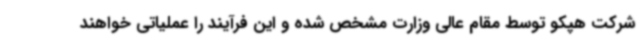
شرکت هپکو توسط مقام عالی وزارت مشخص شده و این فرآیند را عملیاتی خواهند